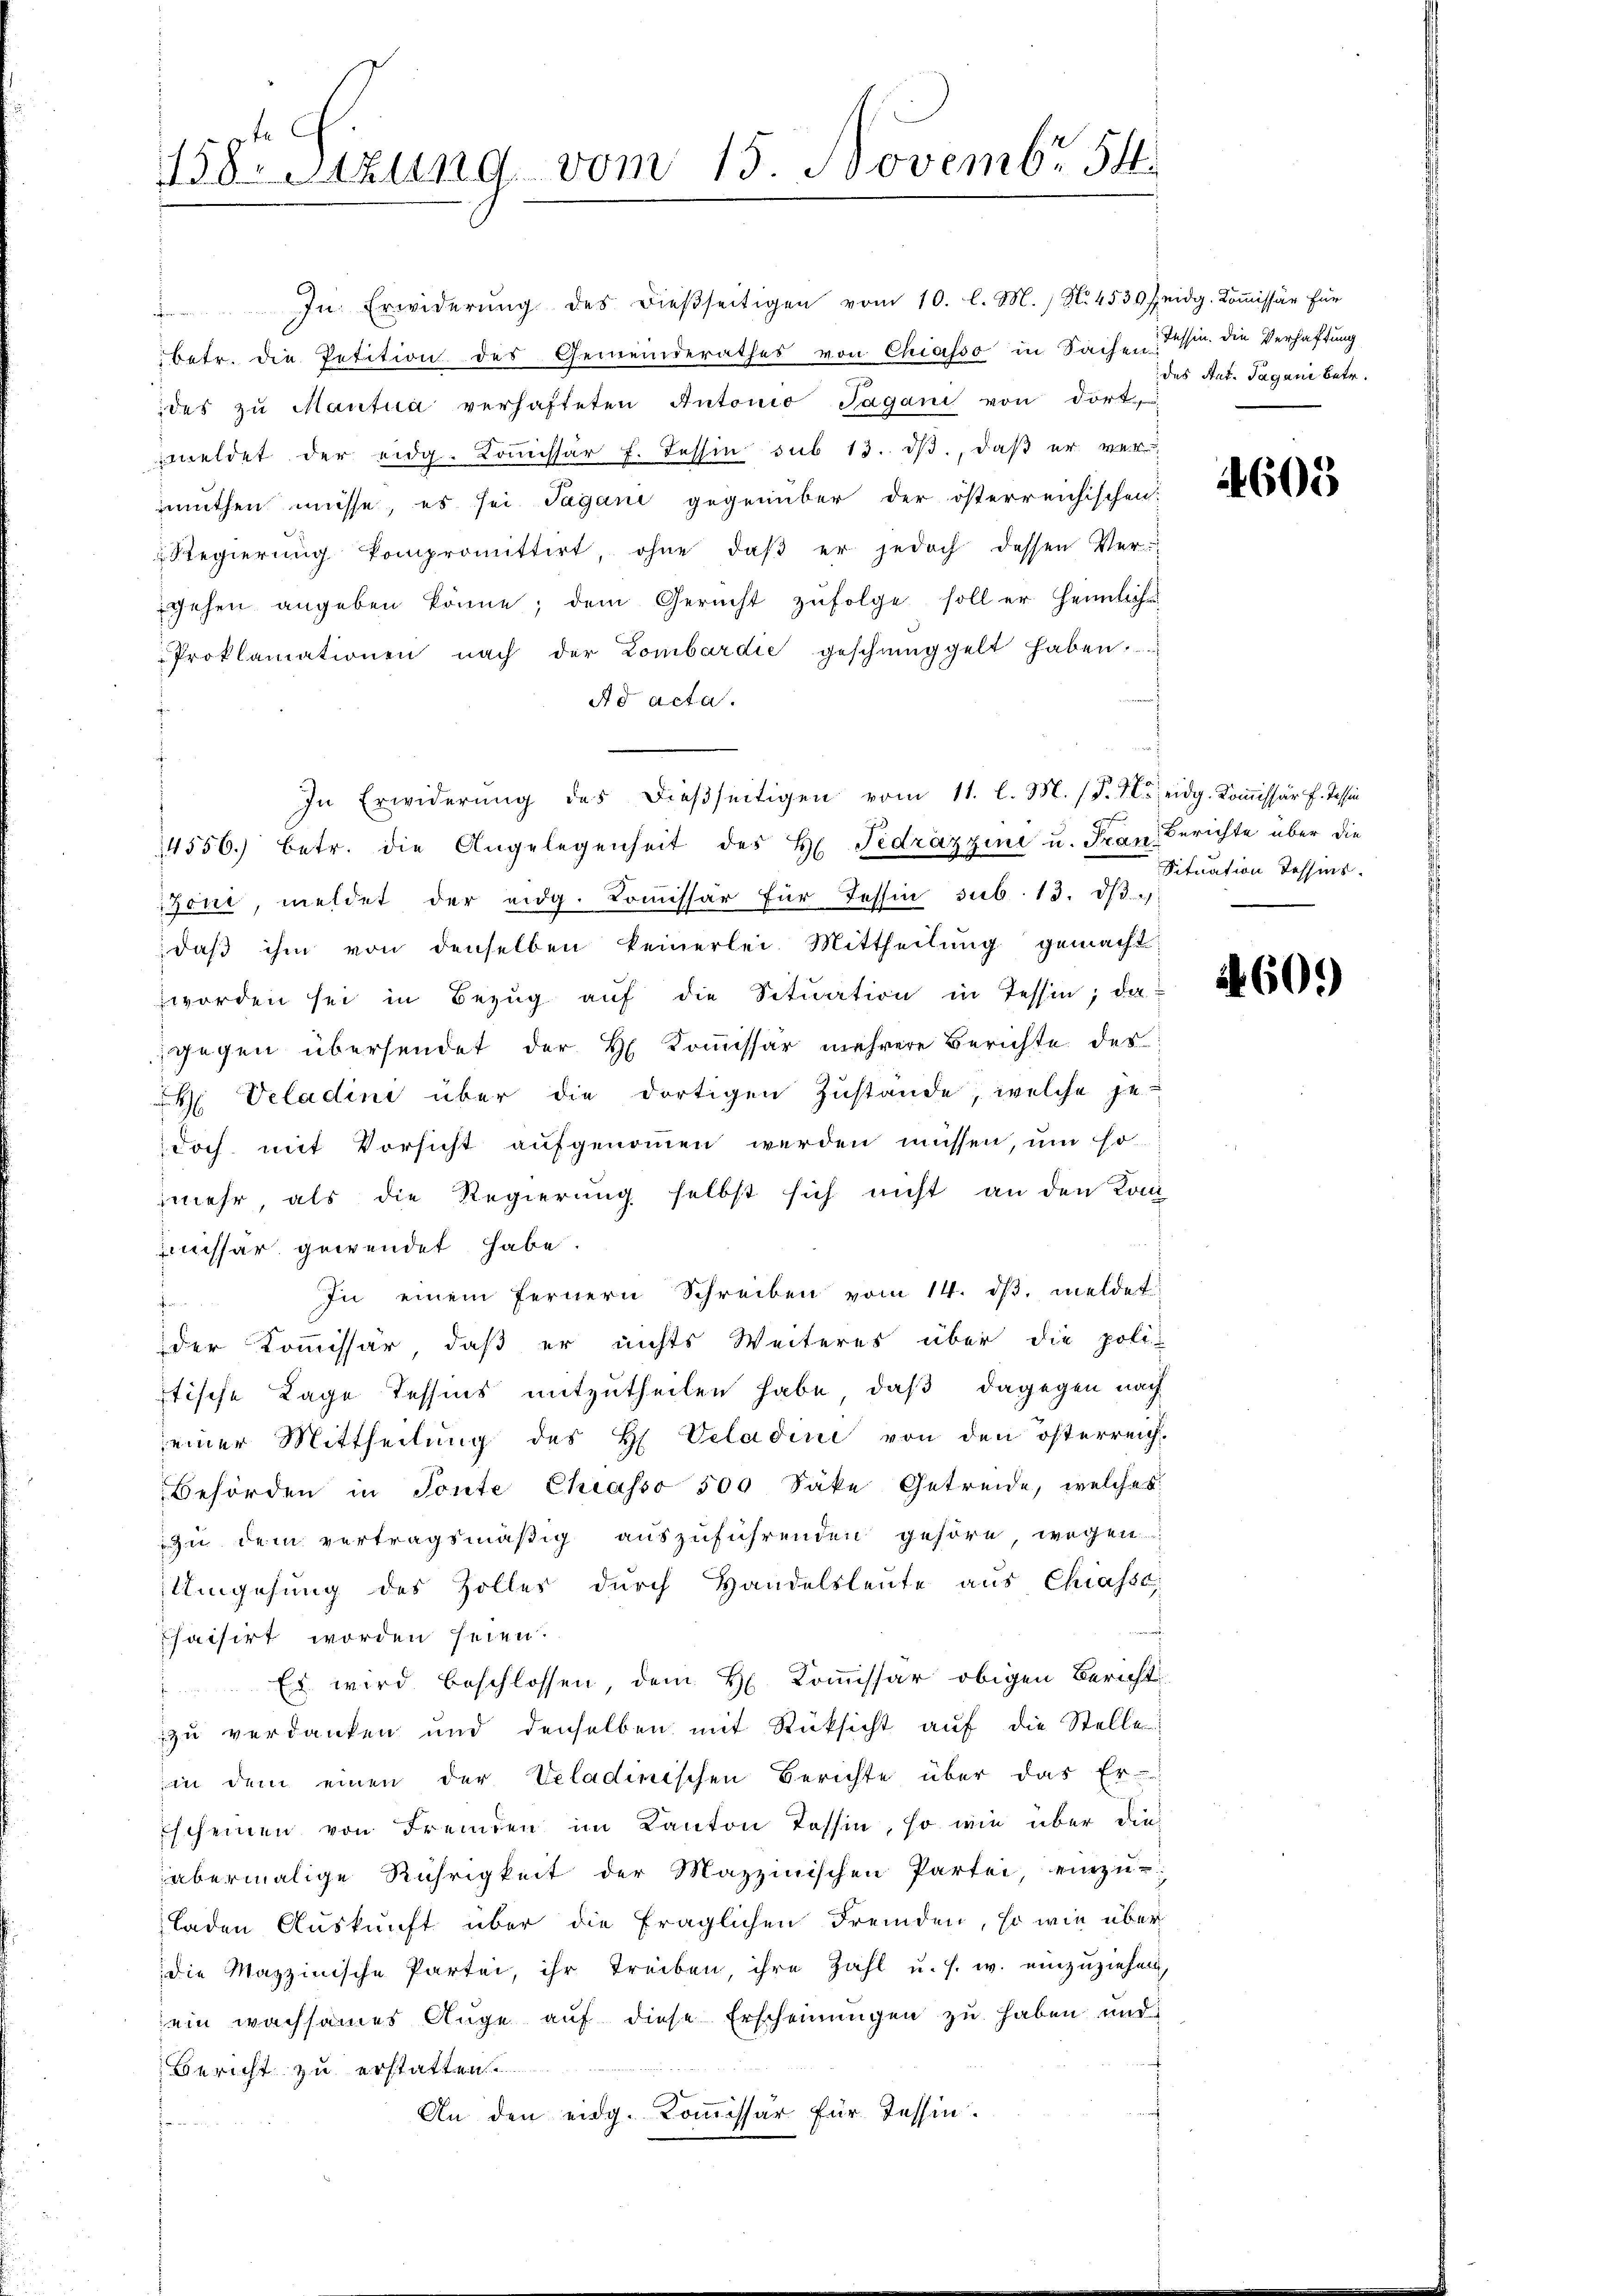
s
158. Sitzung vom 15. Novembr 54

In Erwiderŭng des dieβseitigen vom 10. l. M. N. 4530 Zeidg. Koṁissär für
betr. die Petition des Gemeinderathes von Chiasso in Sachen Tessin. die Verhaftung
des zŭ Mantua verhafteten Antonio Jagani von dortmeldet der eidg. Kommissär f. Tessin sub 13. dβ, daβ er v. I
muthen müsse, es sei Jagani gegenüber der österreichischen
Regierŭng kompromittirt, ohne daβ er jedoch dessen Ver-
gehen angeben könne; dem Gericht zŭfolge soll er heimliche
Proklamationen nach der Lombardić geschnüggelt haben.
Ad acta.
In Erwiderung des dießseitigen vom 11. l. M. (T. T. eidg. Kommissär f. Tessin
14556. betr. die Angelegenheit des H. Fedrázzini u. Frau Berichte über die
Zöni, meldet der eidg. Comissär für Tessin sub. 13. ds.
daβ ihm von denselben keinerlei Mittheilŭng gemacht:
worden sei in Bezŭg aŭf die Sitŭation in Tessin; da
gegen übersendet der H. Kommissär mehrere Berichte des
 Vcladini über die dortigen Zustande, welche je-
doch mit Vorsicht aufgenommen werden müssen, um so
mehr, als die Regierung selbst sich nicht an den Kon-
Emissar gewendet habe.
In einem fernern Schreiben vom 14. dβ. meldet:
der Kommissär, daß er nichts Weiteres über die poli-
stische Lage Tessins mitzutheilen habe, daß dagegen nach
seiner Mittheilŭng des H. Veladini von den österreich-
Behörden in Tonte Chiasso 500 Säke Getreide, welches
Zu dem vertragsmäßig auszuführenden gehöre, wegen
Umgehung des Zolles durch Handelsleute aus Chiasse
.
Chaisirt worden seien.
Es wird beschlossen, dem H. Commissar obigen Bericht
zu verdanken und denselben mit Rücksicht auf die Stelle
in dem einen der Veladinischen Berichte über das Er-
Escheinen von Fremden im Kanton Tessin, so wie über die
abermalige Rührigkeit der Mazzinischen Partei, einzŭ-
laden Auskunft über die fraglichen Fremden, so wie über
die Mazzinische Partei, ihr treiben, ihre Zahl u. s. w. einzuziehen,
ein wachsames Auge auf diese Erscheinungen zu haben und
Bericht zu erstatten.
An den eidg. Kommissär für Tessin.

des Ant. Tagani betr.

4609

Situation dessens.

60.)